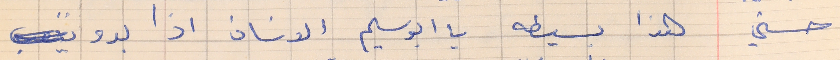
حسني       هذا بسيطه يا ابو سليم الانسان اذا بدو